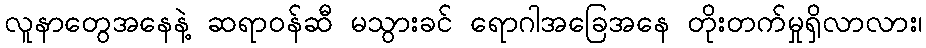
လူနာတွေအနေနဲ့ ဆရာဝန်ဆီ မသွားခင် ရောဂါအခြေအနေ တိုးတက်မှုရှိလာလား၊